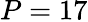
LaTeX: P=17